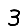
Digit: 3